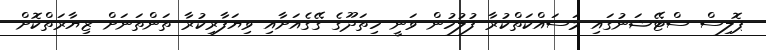
ޕޮލިސް ސްޓޭޝަނުގައި މަސައްކަތްކުރާ ފުލުހުން ވަނީ ހިތަދޫގެ ގޭގެއަށާއި ވިޔަފާރިކުރާ ތަންތަނަށް ޒިޔާރަތްކޮށް